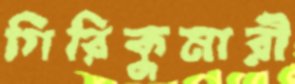
গিরিকুমারী